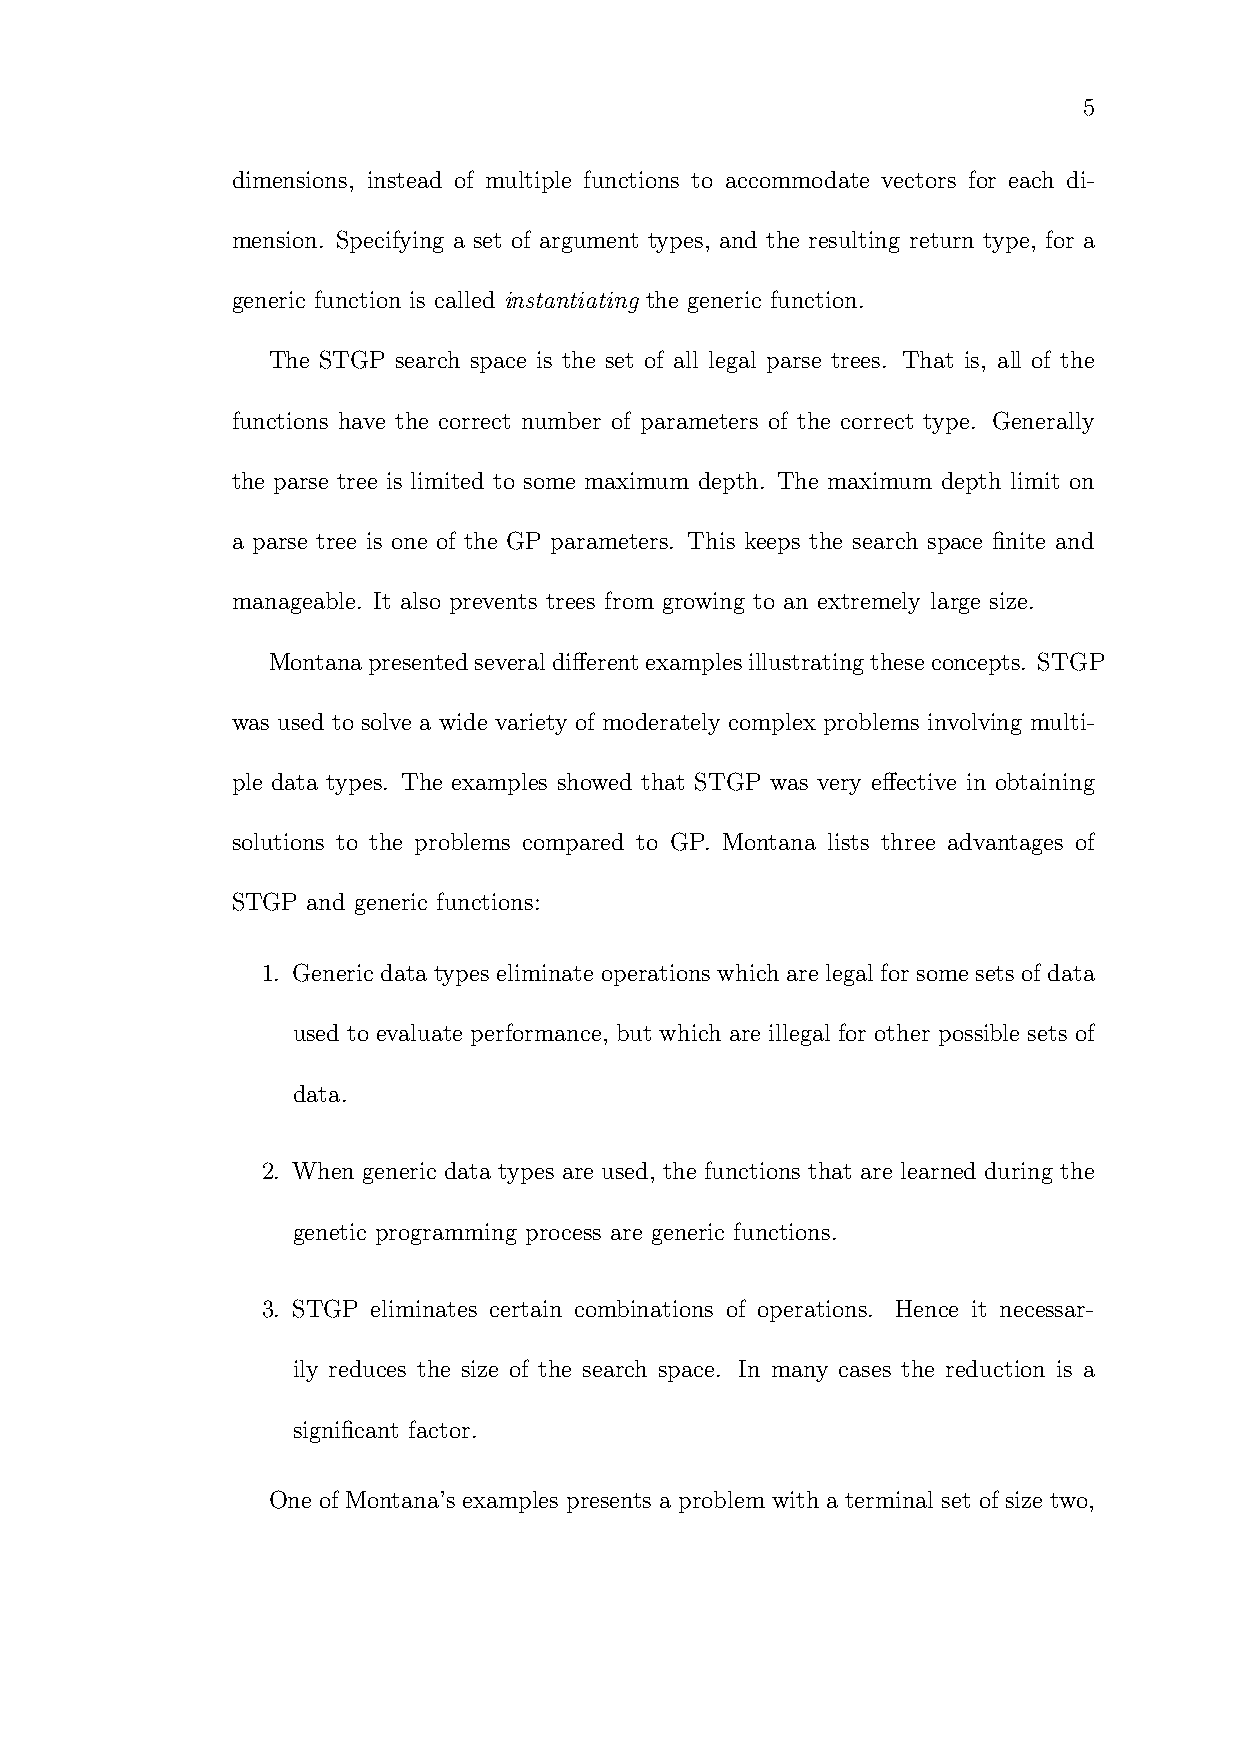
5
 dimensions, instead of multiple functions to accommodate vectors for each di-
 mension. Specifying a set of argument types, and the resulting return type, for a
 generic function is called instantiating the generic function.
 The STGP search space is the set of all legal parse trees. That is, all of the
 functions have the correct number of parameters of the correct type. Generally
 the parse tree is limited to some maximum depth. The maximum depth limit on
 a parse tree is one of the GP parameters. This keeps the search space finite and
 manageable. It also prevents trees from growing to an extremely large size.
 Montanapresentedseveraldifferentexamplesillustratingtheseconcepts. STGP
 was used to solve a wide variety of moderately complex problems involving multi-
 ple data types. The examples showed that STGP was very effective in obtaining
 solutions to the problems compared to GP. Montana lists three advantages of
 STGP and generic functions:
 1. Generic data types eliminate operations which arelegal for some sets of data
 used to evaluate performance, but which are illegal for other possible sets of
 data.
 2. When generic data types are used, the functions that are learned during the
 genetic programming process are generic functions.
 3. STGP eliminates certain combinations of operations. Hence it necessar-
 ily reduces the size of the search space. In many cases the reduction is a
 significant factor.
 One of Montana’s examples presents a problem with a terminal set of size two,